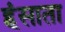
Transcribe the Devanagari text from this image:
हंसाता